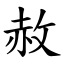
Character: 赦